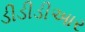
ડીડીડીઆર